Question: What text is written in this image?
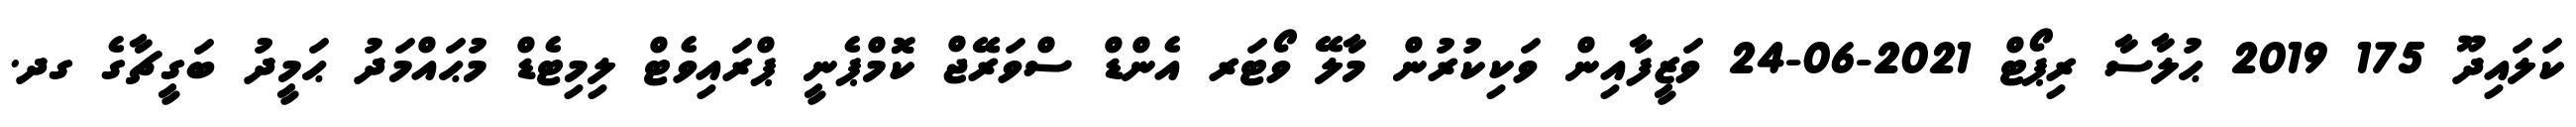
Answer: ކަލައިދޫ 175 2019 ޙުލާސާ ރިޕޯޓް 2021-06-24 ވަޒީފާއިން ވަކިކުރުން މާލޭ ވޯޓަރ އެންޑް ސްވަރޭޖް ކޮމްޕެނީ ޕްރައިވެޓް ލިމިޓެޑް މުޙައްމަދު ޙަމީދު ބަގީޗާގެ ގދ.